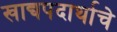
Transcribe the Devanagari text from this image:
खाद्यपदार्थाचे